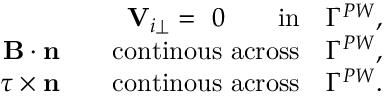
\begin{array} { r } { { \mathbf V } _ { i \perp } = ~ 0 \qquad \mathrm { i n } \quad \Gamma ^ { P W } , } \\ { { \mathbf B } \cdot \mathbf { n } \qquad \mathrm { c o n t i n o u s ~ a c r o s s } \quad \Gamma ^ { P W } , } \\ { \boldsymbol { \tau } \times \mathbf { n } \qquad \mathrm { c o n t i n o u s ~ a c r o s s } \quad \Gamma ^ { P W } . } \end{array}